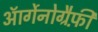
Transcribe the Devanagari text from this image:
ऑर्गेनोग्रैफ़ी